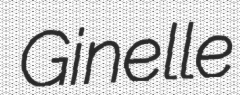
Ginelle